Vital statistics of India. Vol. IV, Annual returns from 1871 to 1876. British Army of India, Native Army and jails of Bengal
Year: 1871
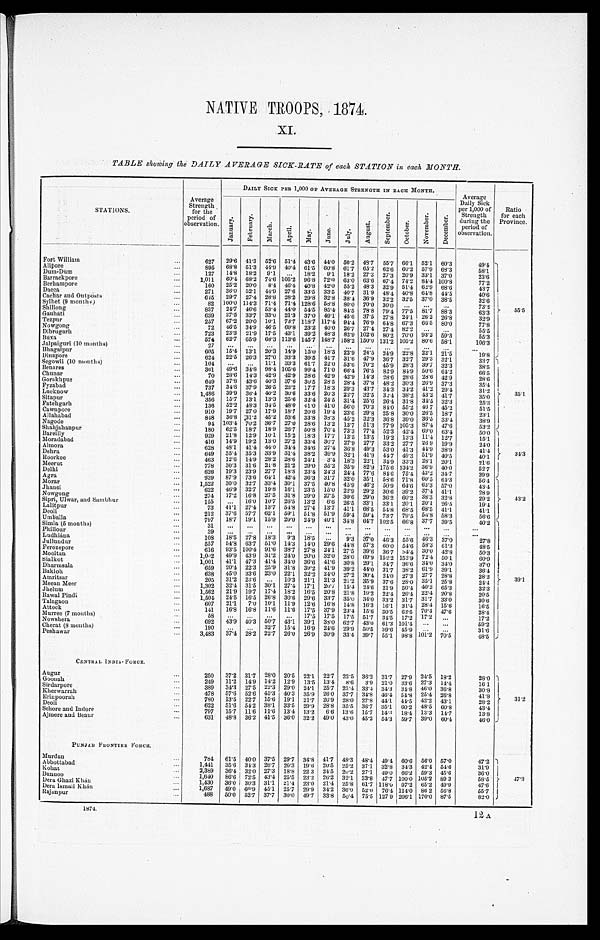
NATIVE TROOPS, 1874.
XI.
TABLE showing the DAILY AVERAGE SICK-RATE of each STATION in each MONTH.
STATIONS.
Average
Strength for the
period of
observation.
DAILY SICK PER 1, 000 OF AVERAGE STRENGTH IN EACH MONTH.
Average
Daily Sick
per 1,000 of
Strength
during the
period of
observation.
Ratio
for each
Province.
J a n u a r y . F e b r u a r y .
Ma r c h . A p r i l . May. J u n e . July.
A u g u s t .
S e p t e m b e r .
O c t o b e r .
N o v e m b e r . D e c e m b e r .
Fort William
627 29.6 41.3 52.6 51.4 43.6 4 4 . 0
5 0 . 2 4 8 . 7 5 5 . 7 6 6 . 1 5 2 . 1 6 0 . 3
4 9 . 4
55.5
A l i p o r e
895 68.8 51.3 44.9 40.4 61.5 60.8 6 1 . 7 6 5 . 2 6 2 . 6 6 0 . 2 5 7 . 9 6 8 . 3
5 8 . 1
D u m - D u m
127 14.8 18.2 9.1
18.2 9.1 1 8 . 2 2 7 . 3 2 7 . 3 2 0 . 9 3 3 . 1 3 7 . 0
2 3 . 6
Barrackpore
1,011 60.4 68.2 74.6 1 0 5 . 2 96.8 72.0 6 3 . 0 6 3 . 6 67.4 7 4 . 2 8 4 . 4 1 0 0 . 8
7 7 . 2
Berhampore
160 25.2 20.0 8.4 46.4 40.8 42.0 55.2 48.3 32.9 51.4
6 2 . 9 6 8 . 6
4 3 . 7
D a c c a
271 36.0 52.1 44.9 27.6 33.5 33.5 40.7 31.9 4 8 . 4 40.8 64.8 4 4 . 5
4 0 . 6
Cachar and Outposts
645 29.7 27.4 28.8 28.2 29.8 32.8 3 8 . 4 3 6 . 9 3 2 . 2 3 2 . 5 3 7 . 0 3 8 . 5
3 2 . 6
S y l h e t ( 9 m o n t h s )
82 100.0 114.3 7 1 . 4 71.4 128.6 58.8 8 0 . 0 70.0 30.0
7 3 . 2
Shillong
837 24.7 46.6 53.4 44.0 54.5 85.4 8 4 . 5 78.8 7 9 . 4 7 7 . 5 8 1 . 7 88.3
6 3 . 3
Gauhati
639 37.5 33.7 33.0 21.3 37.0 49.1 45.6 37.5 2 7 . 8 24.1 26.2 2 6 . 8
3 2 . 9
Tezpur
257 67.2 20.0 10.1 73.7 118.7 117.4 94.4 76.9 6 4 . 8 67.3 66.5 8 0 . 0
7 7 . 8
Nowgong
72 46.5 34.9 4 6 . 5 69.8 23.2 40.0 2 6 . 7 2 7 . 4 2 7 . 4 8 2 . 2
5 5 . 5
Dibrugarh
723 23.3 21.9 17.5 43.1 39.2 48.3 8 2 . 9 1 0 2 . 6 8 0 . 2 7 0 . 0 9 3 . 2
5 9 . 3
5 5 . 3
Buxa
574 62.7 65.9 68.3 113.6 145.7 148.7 158.2 150.0 1 3 1 . 2 1 0 5 . 2 8 0 . 6 5 8 . 1
1 0 6 . 3
Jalpaiguri (10 Months)
2 7
Bhagalpur
605 15.4 13.1 20.3 14.9 1 5 . 0 1 8 . 3 2 2 . 9 2 4 . 5 24.9 2 2 . 8 2 2 . 1 21.5
1 9 . 8
Dinapore
624 22.5 26.3 27.0 33.3 39.5 41.7 31.6 47.9 3 6 . 7 3 2 . 7 29.3 3 2 . 1
3 3 . 7
Segowli (10 months)
104
11.1 33.3 61.7 22.0 53.6 70.2 4 5 . 9 2 8 . 3 3 9 . 7 32.3
3 8 . 5
35.1
Benares
361
4 9 . 6 3 4 . 8 98.4 105.6 99.4 71.0 6 6 . 4 7 6 . 5 8 2 . 9 8 4 . 9 5 0 . 6 6 4 . 2
6 6 . 5
C h u n a r
70 28.6 14.3 42.9 42.9 2 8 . 6 4 2 . 9 4 2 . 9 1 4 . 3 2 8 . 6 2 8 . 6 2 8 . 6 4 2 . 9
2 8 . 6
Gorakhpur
649 37.8 43.6 40.3 37.6 3 6 . 5 28.5 2 8 . 4 3 7 . 8 4 8 . 2 3 0 . 3 2 6 . 9 3 7 . 3
3 5 . 4
F y z a b a d
737 34.8 37.9 26.5 23.2 17.7 18.3 29.3 43.7 3 4 . 3 3 4 . 2 4 1 . 2 2 9 . 4
3 1 . 2
Lucknow
1 , 4 8 6 39.9 36.4 40.2 30.6 33.6 20.3 2 2 . 7 3 2 . 5 3 2 . 4 3 8 . 2 4 3 . 2 4 1 . 7
3 5 . 0
Sitapur
3 5 6 15.7 13.1 13.3 25.6 32.4 24.5 3 1 . 4 2 5 . 6 2 6 . 4 3 1 . 8 3 4 . 5 3 2 . 3
2 5 . 3
Fatehgarh
136 52.2 48.3 34.5 48.0 41.0 41.0 5 6 . 0 7 0 . 3 8 4 . 0 5 5 . 2 4 6 . 7 4 5 . 2
5 1 . 5
Cawnpore
910 19.7 27.0 17.9 18.7 20.6 19.4 2 3 . 6 2 9 . 8 2 5 . 8 3 0 . 0 2 6 . 5 1 8 . 7
2 3 . 1
A l l a h a b a d
848 36.8 3 1 . 2 45.2 53.6 33.8 38.3 4 5 . 2 3 2 . 3 3 6 . 8 3 9 . 0 3 6 . 5 3 3 . 4
3 8 . 9
Nagode
94 103.4 70.2 36.7 2 7 . 0 28.6 13.2 1 2 . 7 5 1 . 3 7 7 . 9 1 0 5 . 3 8 7 . 4 4 7 . 6
5 3 . 2
S h a h j a h a n p u r
180 62.5 18.7 18.9 2 6 . 7 5 0 . 8 70.4 7 3 . 3 7 7 . 4 5 2 . 3 4 2 . 4 6 9 . 0 6 3 . 4
5 0 . 0
Bareilly
929 21.8 12.9 10.1 15.2 18.3 17.7 13.5 1 3 . 5 1 9 . 2 1 3 . 3 1 1 . 4 1 2 . 7
1 5 . 1
34.3
Moradabad
416 14.9 19.2 13.0 27.2 33.4 3 0 . 7 27.9 2 7 . 7 3 3 . 2 2 7 . 7 2 6 . 9 1 9 . 9
2 4 . 0
Almora
628 48.1 41.4 44.0 34.4 34.6 27.4 3 6 . 8 4 9 . 3 5 3 . 0 4 1 . 3 4 4 . 9 3 8 . 9
4 1 . 4
Dehra
649 35.4 35.3 33.9 31.4 38.2 39.9 32.1 4 1 . 9 4 4 . 7 4 9 . 3 5 1 . 9 4 0 . 5
4 0 . 1
Roorkee
463 12.6 14.9 28.2 28.6 24.1 3.4 1 8 . 3 2 2 . 1 3 4 . 9 3 3 . 3 2 8 . 1 2 0 . 1
2 1 . 6
Meerut
778 30.3 31.6 21.8 21.2 29.0 35.2 3 5 . 9 8 2 . 9 1 7 5 . 6 1 3 4 . 2 3 6 . 9 4 0 . 0
5 2 . 7
Delhi
626 19.3 23.9 27.7 18.8 23.4 24.3 2 4 . 4 7 7 . 6 8 4 . 6 7 5 . 4 4 3 . 2 3 4 . 7
3 9 . 9
Agra
939 87.9 73.6 64.1 42.4 36.3 31.7 3 2 . 0 3 5 . 1 5 8 . 6 7 1 . 8 6 0 . 5 6 4 . 3
5 6 . 4
M o r a r 1,522 30.0 32.7 33.4 30.1 37.5 40.8 4 5 . 9 4 6 . 2 5 0 . 9 6 4 . 6 6 3 . 3 5 7 . 0
4 3 . 4
43.2
Jhansi
622 46.9 32.7 19.8 16.1 23.5 15.0 2 2 . 9 2 9 . 2 3 0 . 6 3 9 . 2 3 7 . 4 4 1 . 1
2 8 . 9
Nowgong
274 17.2 16.8 27.5 31.8 29.0 27.5 3 0 . 6 2 9 . 0 3 6 . 2 6 0 . 2 3 8 . 3 3 2 . 8
2 9 . 2
Sipri, Ulwar, and Sambhur
155
16.0 10.7 26.5 1 3 . 2 6.6 2 6 . 5 3 3 . 1 3 3 . 1 2 0 . 1 2 0 . 1 2 6 . 5
1 9 . 4
L a l i t p u r
73 4 1 . 1 27.4 13.7 54.8 27.4 13.7 4 1 . 1 6 8 . 5 5 4 . 8 6 8 . 5 6 8 . 5 4 1 . 1
4 1 . 1
Deoli
212 37.6 57.7 62.1 59.1 51.8 51.9 5 9 . 4 5 9 . 4 7 3 . 7 7 9 . 5 5 6 . 8 5 8 . 3
5 6 . 6
Umballa
797 18.7 19.1 15.9 20.0 24.9 40.1 3 4 . 8 6 4 . 7 1 0 2 . 5 6 6 . 8 3 7 . 7 3 9 . 5
4 0 . 2
Simla (5 months)
31
3 9 . 1
Phillour
39
Ludhiána
108
1 8 . 5 2 7 . 8 1 8 . 3 9 . 3 1 8 . 5
9 . 3 3 7 . 0 4 6 . 3 5 5 . 6 4 6 . 3 3 7 . 0 2 7 . 8
Jullundur
557
5 4 . 8 6 3 . 7 5 1 . 0 1 4 . 3 1 4 . 0 2 9 . 6 4 4 . 8 5 7 . 3 6 0 . 0 5 4 . 6 5 8 . 3 6 1 . 3
4 8 . 5
Ferozepore
616
9 3 . 5 1 0 0 . 4 9 1 . 6 3 8 . 7 2 7 . 8 2 4 . 1 2 7 . 5 3 9 . 6 3 6 . 7 3 4 . 4 3 0 . 0 4 2 . 8
5 0 . 3
Mooltan
1,002
4 9 . 9 4 3 . 9 3 1 . 2 2 4 . 0 2 0 . 0 3 2 . 0 2 8 . 0 6 9 . 9 1 5 2 . 2 1 5 2 . 9 7 2 . 4 5 0 . 1
6 0 . 9
Sialkot
1,001
4 1 . 1 4 7 . 3 4 1 . 4 3 4 . 0 3 6 . 6 4 1 . 6 3 0 . 8 2 9 . 1 3 4 . 7 3 6 . 6 3 4 . 0 3 4 . 0
3 7 . 0
Dharmsala
659
2 0 . 4 2 2 . 3 2 5 . 9 3 1 . 8 3 9 . 2 4 1 . 9 3 9 . 2 4 4 . 0 3 1 . 7 3 8 . 2 6 1 . 9 3 9 . 1
3 6 . 4
Bakloh
638
4 5 . 0 3 3 . 6 2 3 . 0 2 2 . 1 3 2 . 2 2 4 . 0 2 7 . 2 3 0 . 4 2 4 . 0 2 7 . 3 2 7 . 7 2 8 . 8
2 8 . 2
Amritsar
205
3 1 . 2 2 3 . 6
1 0 . 3 2 1 . 1 2 1 . 3 2 1 . 2 3 5 . 9 3 7 . 6 2 8 . 0 3 5 . 1 2 5 . 8
2 4 . 4
Meean Meer
1,302
3 2 . 4 3 1 . 5 3 0 . 1
2 7 . 4 1 7 . 1 2 0 . 7 1 5 . 4 2 4 . 6 2 1 . 9 5 0 . 4 4 0 . 2 6 5 . 3
3 2 . 3
Jhelum
1 , 5 6 2 2 1 . 9 1 9 . 7 1 7 . 4 1 8 . 2 1 6 . 5 2 0 . 8 2 1 . 8 1 9 . 2 2 2 . 4 2 6 . 4 2 2 . 4 2 0 . 8
2 0 . 5
R a w a l P i n d i
1 , 5 0 4
2 4 . 5 1 6 . 5 2 6 . 8 3 0 . 6 2 9 . 6 3 3 . 7 3 5 . 0 3 4 . 0 3 3 . 2 3 1 . 7 3 1 . 7 3 3 . 0
3 0 . 6
Talagaon
607
2 1 . 1 7 . 0 1 0 . 1 1 1 . 9 1 2 . 6 1 6 . 8 1 4 . 8 1 6 . 3 1 6 . 1 3 1 . 4 2 8 . 4 1 5 . 6
1 6 . 5
Attock
141
1 6 . 8 1 6 . 8 1 1 . 6 1 1 . 6 1 7 . 5 3 7 . 9 2 3 . 4 1 5 . 6 3 0 . 5 6 2 . 5 7 0 . 4 4 7 . 6
2 8 . 4
Murree (7 months)
58
1 7 . 5 1 7 . 5 1 7 . 5 5 1 . 7 3 4 . 5 1 7 . 2 1 7 . 2
1 7 . 2
Nowshera
692 4 3 . 9
4 0 . 3
5 0 . 7 4 3 . 1
3 9 . 1 3 8 . 0 6 2 . 7 4 3 . 0 6 1 . 3 1 0 1 . 4
5 9 . 2
Cherat (8 months)
190
3 2 . 7 1 5 . 4 1 6 . 9 2 4 . 6 2 9 . 9 5 0 . 5 3 9 . 6 4 5 . 9
3 1 . 6
Peshawar
3 , 4 8 3 3 7 . 4 2 8 . 2
2 2 . 7 2 6 . 0 2 0 . 9 3 0 . 9 3 3 . 4 3 9 . 7 5 5 . 1 9 8 . 8 1 0 1 . 2
7 0 . 5
4 8 . 5
CENTRAL I NDI A- FORCE.
Augur
250 37.2 31.7 28.0 20.5 2 2 . 1 22.7 2 2 . 5 3 6 . 2 3 1 . 7 2 7 . 9 2 4 . 5
1 8 . 2
2 8 . 0
31.2
Goonah
249 11.2 14.9 14.2 12.9 1 3 . 5 13.4 8 . 6 3 . 9 2 1 . 0 3 3 . 6 2 7 . 3 1 4 . 4
1 6 . 1
Sirdarpore
3 8 9 3 4 . 3 2 7 . 5 22.3
2 9 . 0 2 4 . 1 2 5 . 7 2 3 . 4 3 3 . 4 3 4 . 3 3 4 . 8 4 6 . 0 3 6 . 8
3 0 . 8
Kherwarrah
478 57.6 5 2 . 6 45.3 4 0 . 3 3 5 . 9 2 6 . 0 3 7 . 7 3 4 . 8 4 6 . 4 5 4 . 8 25.4 26.8
4 1 . 8
Erinpoorah
780 13.5 22.7 15.6 19.1 21.7 26.9 28.0 27.8 4 4 . 1 4 4 . 5 42.2 4 3 . 1
2 8 . 2
Deoli
6 2 2 51.6 5 4 . 2 38.1
3 3 . 5 2 9 . 9 2 8 . 8 3 5 . 5 3 6 . 7 3 5 . 1 6 0 . 2
4 8 . 5 6 0 . 8
4 3 . 4
Sehore and Indore
7 9 7 15.7 11.6 11.6 1 3 . 4 1 3 . 2 6 . 6 1 3 . 6
1 5 . 7 1 4 . 3 1 8 . 4 1 3 . 3 1 4 . 7
1 3 . 8
Ajmere and Beaur
631 48.8 36.2 41.5 36.0 3 2 . 2 4 9 . 0 4 3 . 0 45.2 54.3 59.7
3 9 . 0 6 0 . 4
46.0
PUNJAB FRONTIER FORCE
Murdan
784
6 1 . 5 4 0 . 0 37.5
2 9 . 7 3 4 . 8 4 1 . 7 4 8 . 3 4 8 . 4 4 9 . 4 6 0 . 6 5 6 . 0 5 7 . 0
4 7 . 2
47.3
Abbottabad
1 , 4 4 1
3 5 . 6 3 4 . 3 2 6 . 7 20.3 1 9 . 6 2 0 . 5 2 5 . 2 3 7 . 1 3 2 . 8 3 4 . 3 4 2 . 4 5 4 . 6
3 1 . 9
Kohat
3 , 3 8 9
3 6 . 4 3 2 . 0 2 7 . 3 1 8 . 8 2 2 . 3 2 4 . 5 2 0 . 2 2 7 . 1 4 9 . 0 6 6 . 2 5 9 . 3 4 5 . 6
3 6 . 0
Bunnoo
1,640 86.6 7 2 . 5 43.4 25.5 2 3 . 2 2 6 . 2 3 2 . 1 3 3 . 8 4 7 . 7 1 0 0 . 0 1 0 5 . 2 8 9 . 3
5 8 . 5
Dera Ghazi Khán
1,430 36.0 3 0 . 3 31.1 2 1 . 4 2 3 . 0 21.4 2 5 . 8 6 1 . 7 1 1 8 . 0 9 7 . 2 6 5 . 2 4 9 . 9
4 7 . 6
Dera Ismail Khán
1,687
4 9 . 0 60.9 45.1 25.7 29.9 34.2 36.0 5 2 . 0 7 6 . 4 1 1 4 . 0 8 6 . 2 5 6 . 8
5 5 . 7
Rajanpur
488 50.0 52.7 37.7 3 0 . 0 4 9 . 7 33.8 50.4 7 5 . 5 1 2 7 . 9 2 0 6 . 1 170.0 87.5
8 2 . 0
1874.
12 A